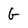
Character: G